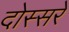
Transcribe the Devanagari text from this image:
दोस्सरे